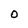
Character: O